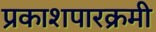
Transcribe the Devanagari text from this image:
प्रकाशपारक्रमी